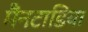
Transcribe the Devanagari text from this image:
मैंनटाडिया